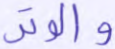
والوتر